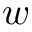
w